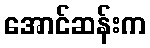
အောင်ဆန်းက